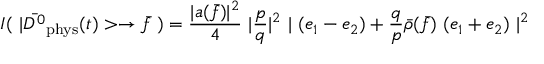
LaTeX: I ( ~ | \bar { D ^ { 0 } } _ { \mathrm { p h y s } } ( t ) > \to \bar { f } ~ ) = \frac { | a ( \bar { f } ) | ^ { 2 } } { 4 } ~ | \frac { p } { q } | ^ { 2 } ~ | ~ ( e _ { 1 } - e _ { 2 } ) + \frac { q } { p } \bar { \rho } ( \bar { f } ) ~ ( e _ { 1 } + e _ { 2 } ) ~ | ^ { 2 }